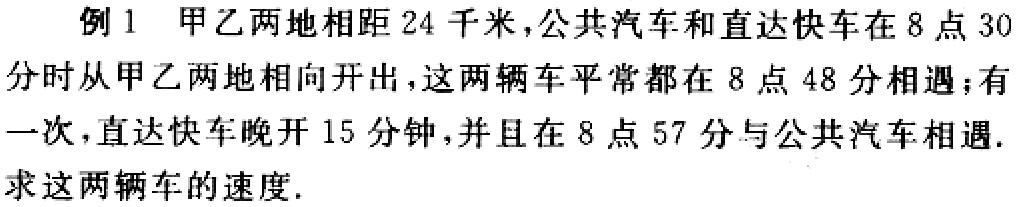
例1 甲乙两地相距24千米，公共汽车和直达快车在8点30分时从甲乙两地相向开出，这两辆车平常都在8点48分相遇；有一次，直达快车晚开15分钟，并且在8点57分与公共汽车相遇. 求这两辆车的速度.